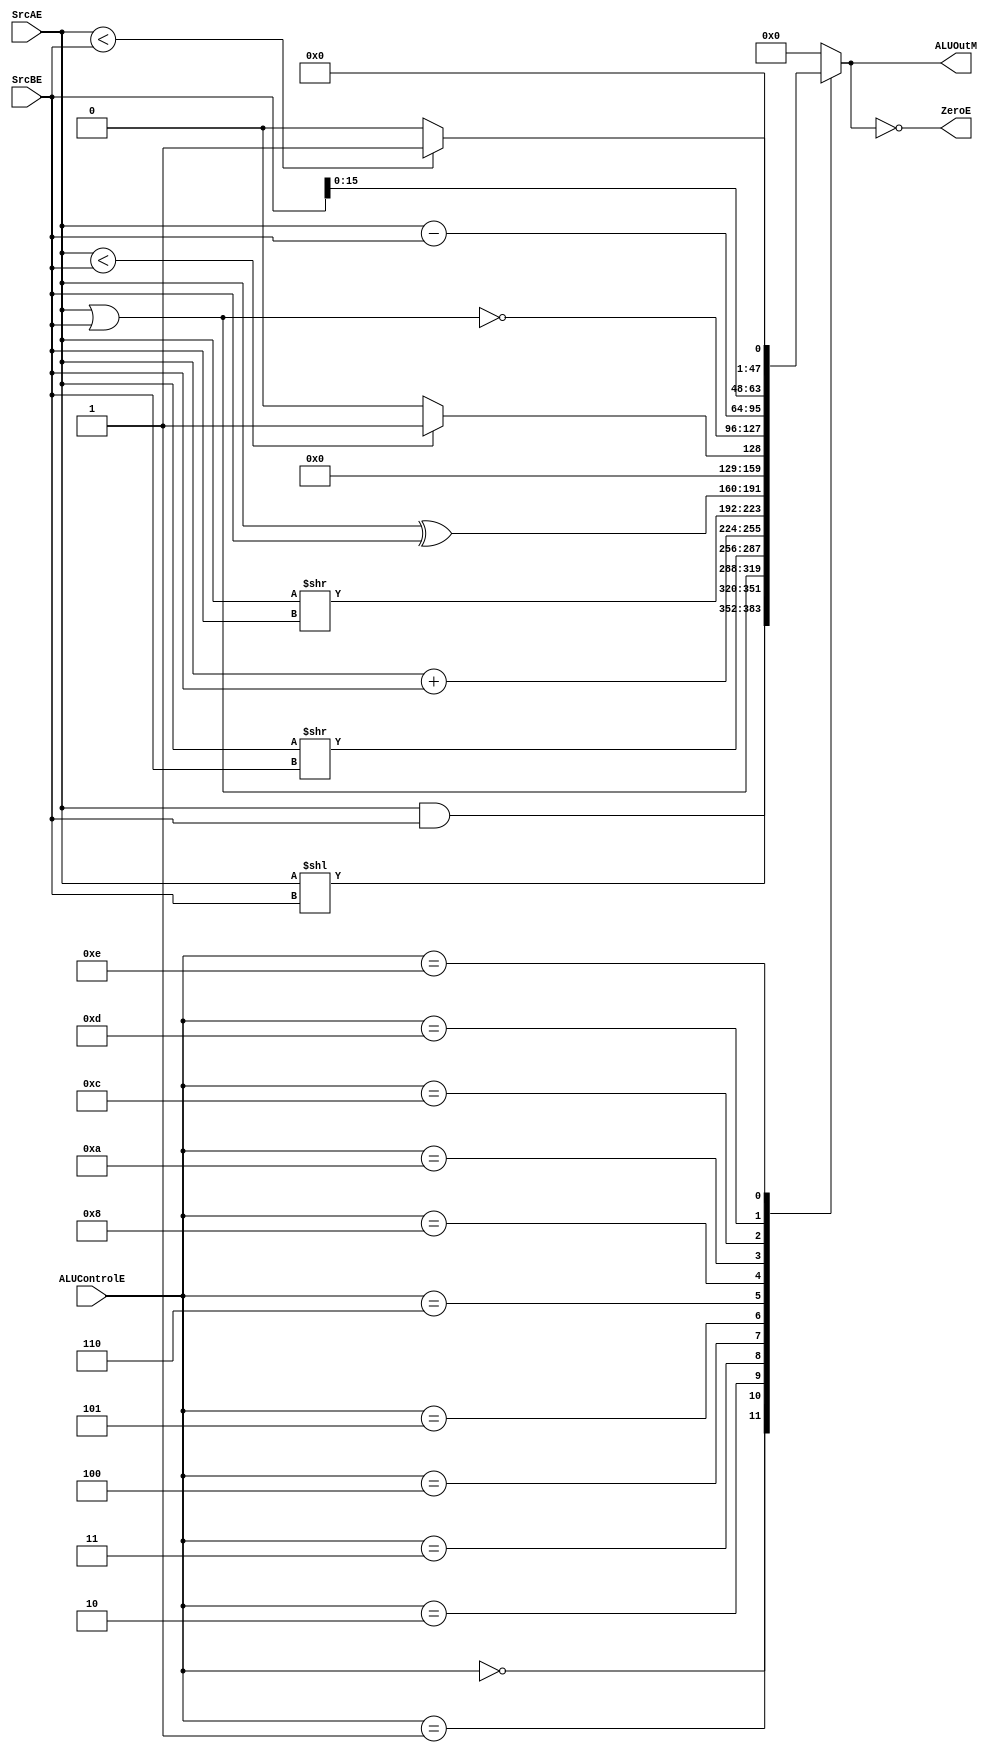
module ALU(input  [31:0] SrcAE, SrcBE, input  [3:0]  ALUControlE,
           output reg [31:0] ALUOutM,output ZeroE);
           
  wire signed[31:0] as,bs;
  
  assign as = SrcAE;
  assign bs = SrcBE;
  
  always @(*)
    case (ALUControlE)
      4'b0000: ALUOutM = SrcAE & SrcBE; // and
      4'b0001: ALUOutM = SrcAE << SrcBE; // sllv
      4'b0010: ALUOutM = SrcAE | SrcBE; // or
      4'b0011: ALUOutM = as >> bs; // srav
      4'b0100: ALUOutM = SrcAE + SrcBE; // add
      4'b0101: ALUOutM = SrcAE >> SrcBE ; // srlv
      4'b0110: ALUOutM = SrcAE ^ SrcBE; // xor
      4'b1000: ALUOutM = (SrcAE < SrcBE) ? 32'd1 : 32'd0; // sltu
      4'b1010: ALUOutM = ~(SrcAE | SrcBE); // nor
      4'b1100: ALUOutM = SrcAE - SrcBE; // sub
      4'b1101: ALUOutM = SrcBE << 32'd16; // lui
      4'b1110: ALUOutM = (as < bs) ? 32'd1 : 32'd0; // slt
      
      default: ALUOutM = 32'b0; // 
    endcase

  assign ZeroE = (ALUOutM == 32'b0);
endmodule